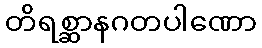
တိရစ္ဆာနဂတပါဏော